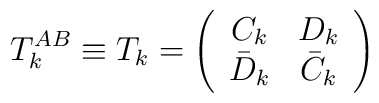
T_k^{AB} \equiv T_k =\left(  \begin{array}{cc} C_k &  D_k \\  \bar D_k &   \bar C_k \end{array} \right)